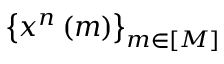
\left\{ x ^ { n } \left( m \right) \right\} _ { m \in \left[ M \right] }